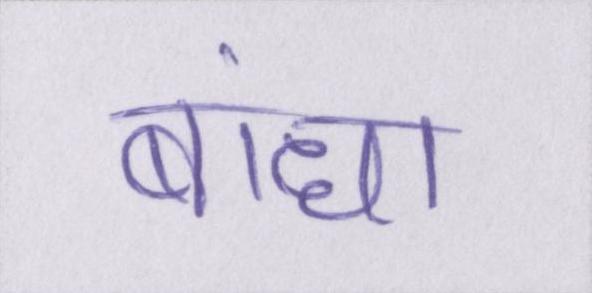
बांधा